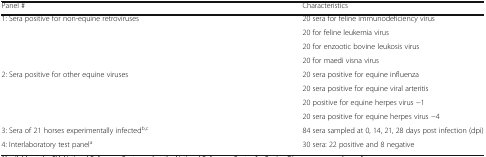
<table><thead><tr><td><b>Panel #</b></td><td><b>Characteristics</b></td></tr></thead><tbody><tr><td rowspan="4">1: Sera positive for non-equine retroviruses</td><td>20 sera for feline immunodeficiency virus</td></tr><tr><td>20 for feline leukemia virus</td></tr><tr><td>20 for enzootic bovine leukosis virus</td></tr><tr><td>20 for maedi visna virus</td></tr><tr><td rowspan="4">2: Sera positive for other equine viruses</td><td>20 sera positive for equine influenza</td></tr><tr><td>20 sera positive for equine viral arteritis</td></tr><tr><td>20 positive for equine herpes virus −1</td></tr><tr><td>20 sera positive for equine herpes virus −4</td></tr><tr><td>3: Sera of 21 horses experimentally infected<sup>b,c</sup></td><td>84 sera sampled at 0, 14, 21, 28 days post infection (dpi)</td></tr><tr><td>4: Interlaboratory test panel<sup>a</sup></td><td>30 sera: 22 positive and 8 negative</td></tr></tbody></table>